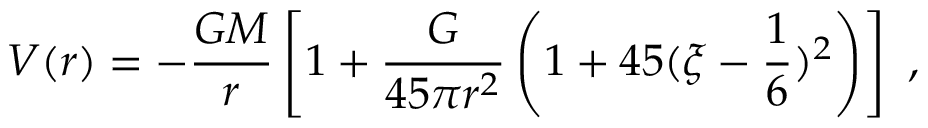
V ( r ) = - \frac { G M } { r } \left[ 1 + \frac { G } { 4 5 \pi r ^ { 2 } } \left( 1 + 4 5 ( \xi - \frac { 1 } { 6 } ) ^ { 2 } \right) \right] \, \, ,